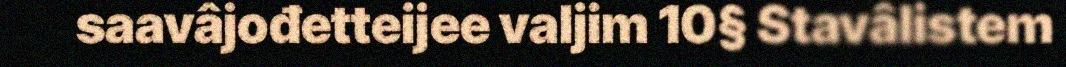
saavâjođetteijee valjim 10§ Stavâlistem